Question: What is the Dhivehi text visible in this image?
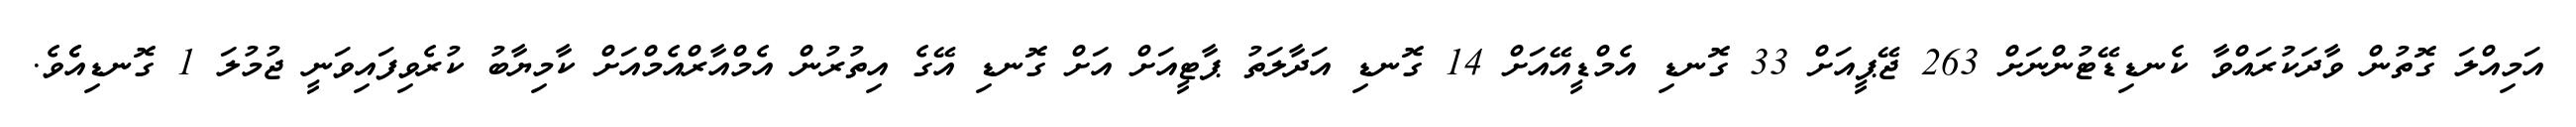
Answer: އަމިއްލަ ގޮތުން ވާދަކުރައްވާ ކެނޑިޑޭޓުންނަށް 263 ޖޭޕީއަށް 33 ގޮނޑި އެމްޑީއޭއަށް 14 ގޮނޑި އަދާލަތު ޕާޓީއަށް އަށް ގޮނޑި އޭގެ އިތުރުން އެމްއާރްއެމްއަށް ކާމިޔާބު ކުރެވިފައިވަނީ ޖުމުލަ 1 ގޮނޑިއެެވެ.